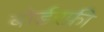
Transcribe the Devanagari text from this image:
बोर्डरफ्री